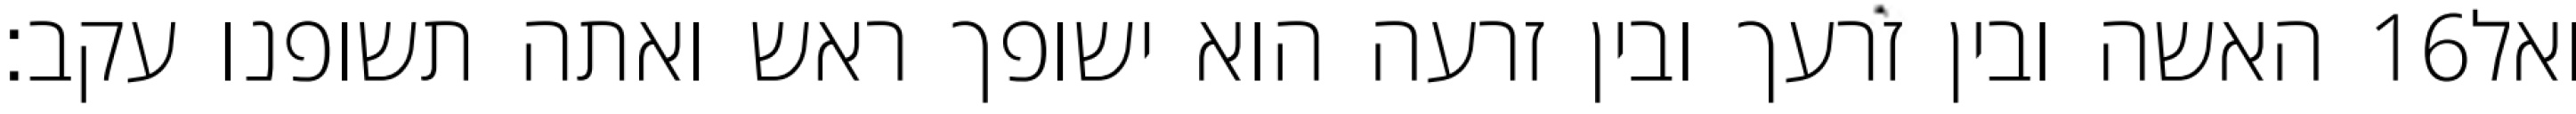
האשה ובין זרעך ובין זרעה הוא ישופך ראש ואתה תשופנו עקב׃ ‎16‏ ואל